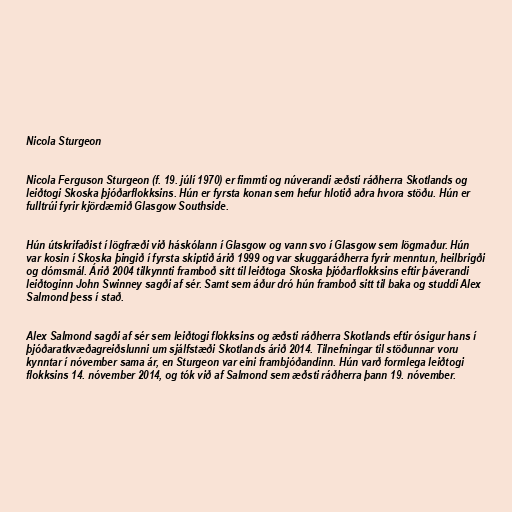
Nicola Sturgeon

Nicola Ferguson Sturgeon (f. 19. júlí 1970) er fimmti og núverandi æðsti ráðherra Skotlands og
leiðtogi Skoska þjóðarflokksins. Hún er fyrsta konan sem hefur hlotið aðra hvora stöðu. Hún er
fulltrúi fyrir kjördæmið Glasgow Southside.

Hún útskrifaðist í lögfræði við háskólann í Glasgow og vann svo í Glasgow sem lögmaður. Hún
var kosin í Skoska þingið í fyrsta skiptið árið 1999 og var skuggaráðherra fyrir menntun, heilbrigði
og dómsmál. Árið 2004 tilkynnti framboð sitt til leiðtoga Skoska þjóðarflokksins eftir þáverandi
leiðtoginn John Swinney sagði af sér. Samt sem áður dró hún framboð sitt til baka og studdi Alex
Salmond þess í stað.

Alex Salmond sagði af sér sem leiðtogi flokksins og æðsti ráðherra Skotlands eftir ósigur hans í
þjóðaratkvæðagreiðslunni um sjálfstæði Skotlands árið 2014. Tilnefningar til stöðunnar voru
kynntar í nóvember sama ár, en Sturgeon var eini frambjóðandinn. Hún varð formlega leiðtogi
flokksins 14. nóvember 2014, og tók við af Salmond sem æðsti ráðherra þann 19. nóvember.